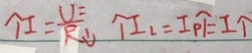
\uparrow I = \frac { U ^ { = } } { R \downarrow } \uparrow I _ { 2 } = I P \uparrow = I \uparrow